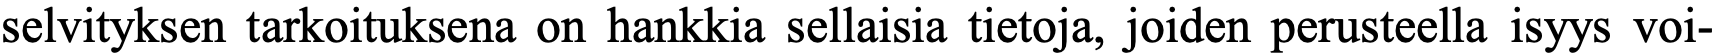
selvityksen tarkoituksena on hankkia sellaisia tietoja, joiden perusteella isyys voi-